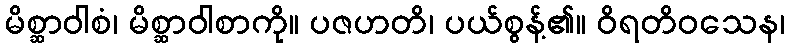
မိစ္ဆာဝါစံ၊ မိစ္ဆာဝါစာကို။ ပဇဟတိ၊ ပယ်စွန့်၏။ ဝိရတိဝသေန၊